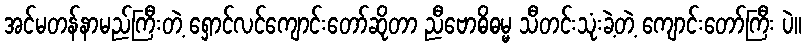
အင်မတန်နာမည်ကြီးတဲ့ ရှောင်လင်ကျောင်းတော်ဆိုတာ ညီဗောဓိဓမ္မ သီတင်းသုံးခဲ့တဲ့ ကျောင်းတော်ကြီး ပဲ။